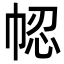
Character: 𢂻